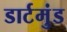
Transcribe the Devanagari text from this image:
डार्टमुंड